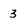
Character: 3